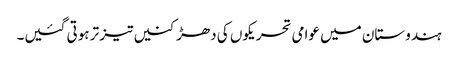
ہندوستان میں عوامی تحریکوں کی دھڑکنیں تیز تر ہوتی گئیں۔